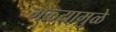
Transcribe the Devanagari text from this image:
गळ्यामुळे